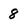
Character: 8